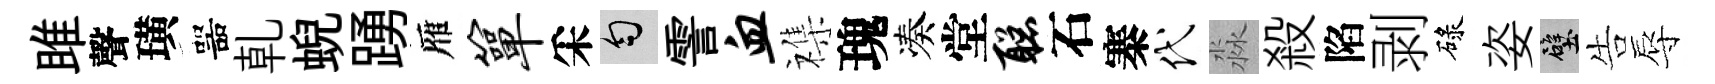
雎聲璜噐乹蜺踴雁箪采匀霅血襍瑰凑堂聪石寨代淼殺陷剥碌姿壁告辱